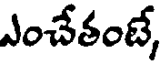
ఎంచేతంటే,